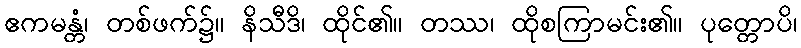
ဧကမန္တံ၊ တစ်ဖက်၌။ နိသီဒိ၊ ထိုင်၏။ တဿ၊ ထိုစကြာမင်း၏။ ပုတ္တောပိ၊